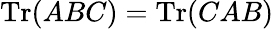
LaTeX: \mathrm{Tr}(ABC)=\mathrm{Tr}(CAB)